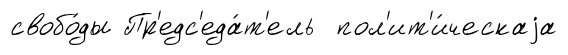
свобо́ды Пр'едс'еда́т'ель пол'ит'и́ческаjа